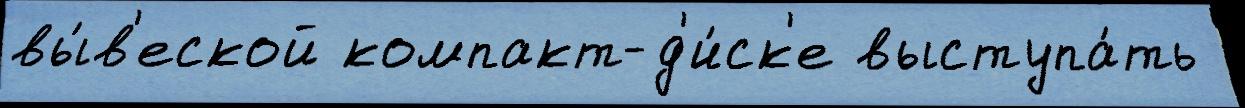
вы́в'еской компакт-д'и́ск'е выступа́ть